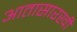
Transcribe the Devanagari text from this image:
आतासारखी